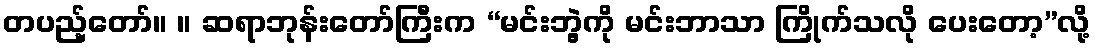
တပည့်တော်။ ။ ဆရာဘုန်းတော်ကြီးက “မင်းဘွဲ့ကို မင်းဘာသာ ကြိုက်သလို ပေးတော့”လို့